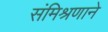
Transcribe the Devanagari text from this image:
संमिश्रणाने